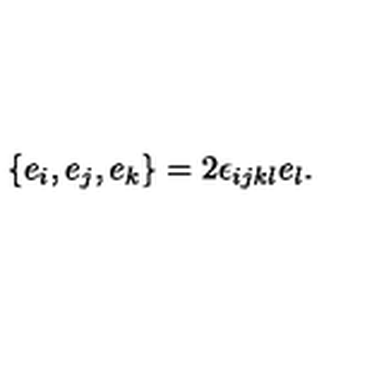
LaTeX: \{ e _ { i } , e _ { j } , e _ { k } \} = 2 \epsilon _ { i j k l } e _ { l } .